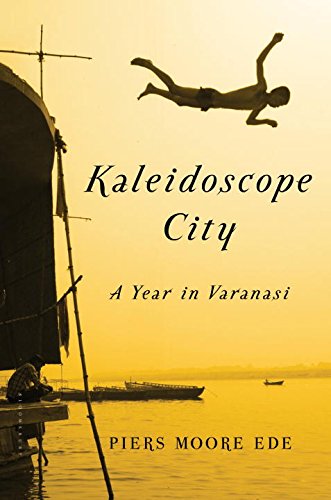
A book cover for Kaleidoscope City: A Year in Varanasi; Piers Moore Ede; Travel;